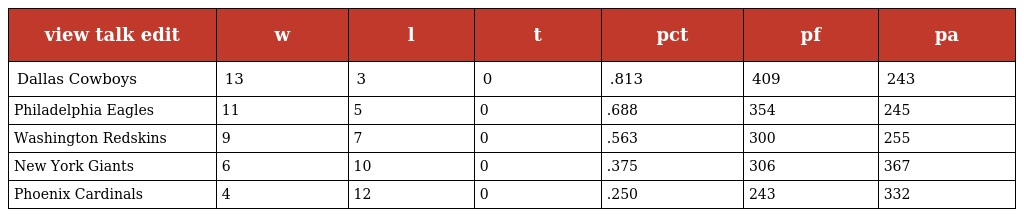
| view talk edit | w | l | t | pct | pf | pa |
 | --- | --- | --- | --- | --- | --- | --- |
 | Dallas Cowboys | 13 | 3 | 0 | .813 | 409 | 243 |
 | Philadelphia Eagles | 11 | 5 | 0 | .688 | 354 | 245 |
 | Washington Redskins | 9 | 7 | 0 | .563 | 300 | 255 |
 | New York Giants | 6 | 10 | 0 | .375 | 306 | 367 |
 | Phoenix Cardinals | 4 | 12 | 0 | .250 | 243 | 332 |